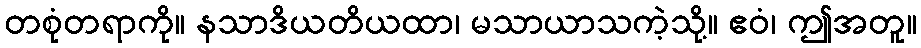
တစုံတရာကို။ နသာဒိယတိယထာ၊ မသာယာသကဲ့သို့။ ဧဝံ၊ ဤအတူ။